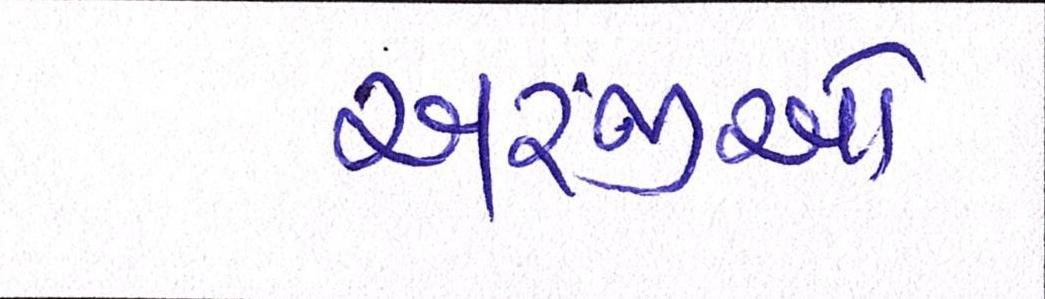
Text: અરજીઓ